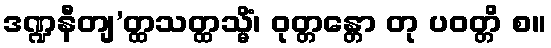
ဒဏ္ဍနီတျ’တ္ထသတ္ထသ္မိံ၊ ဝုတ္တန္တော တု ပဝတ္တိ စ။